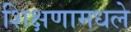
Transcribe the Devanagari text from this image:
शिक्षणामधले